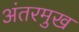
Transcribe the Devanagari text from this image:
अंतरमुख